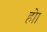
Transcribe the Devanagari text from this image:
होा